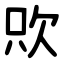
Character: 㰨